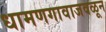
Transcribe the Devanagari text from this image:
धामणगावाजवळून